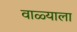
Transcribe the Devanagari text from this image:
वाळ्याला